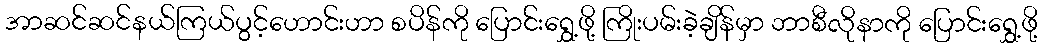
အာဆင်ဆင်နယ်ကြယ်ပွင့်ဟောင်းဟာ စပိန်ကို ပြောင်းရွှေ့ဖို့ ကြိုးပမ်းခဲ့ချိန်မှာ ဘာစီလိုနာကို ပြောင်းရွှေ့ဖို့